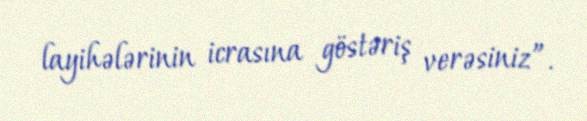
layihələrinin icrasına göstəriş verəsiniz”.